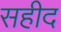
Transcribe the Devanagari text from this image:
सहीद